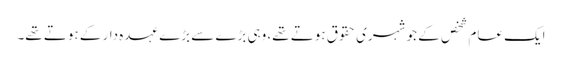
ایک عام شخص کے جو شہری حقوق ہوتے تھے، وہی بڑے سے بڑے عہدہ دار کے ہوتے تھے۔